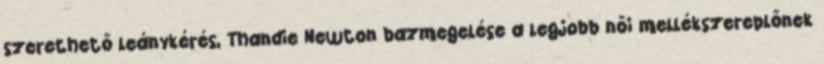
szerethető leánykérés, Thandie Newton bazmegelése a legjobb női mellékszereplőnek